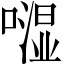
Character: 𠾾